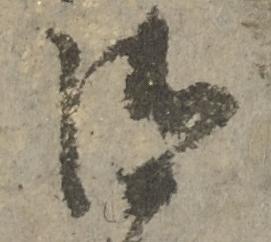
御